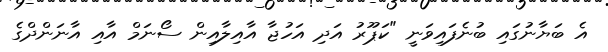
އެ ބަޔާނުގައި ބުނެފައިވަނީ "ކަޕޫރު އަދި އަހުޖާ އާއިލާއިން ސޯނަމް އާއި އާނަންދްގެ